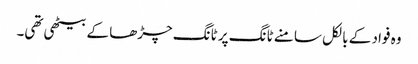
وہ فواد کے بالکل سامنے ٹانگ پر ٹانگ چڑھا کے بیٹھی تھی۔